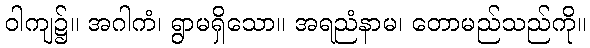
ဝါကျ၌။ အဂါကံ၊ ရွာမရှိသော။ အရညံနာမ၊ တောမည်သည်ကို။